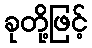
ခုတို့ဖြင့်